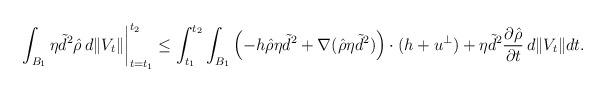
LaTeX: \begin{align*}&\left.\int_{B_1}\eta{\tilde d}^2{\hat\rho}\, d\|V_t\|\right|_{t=t_1}^{t_2} \leq \int_{t_1}^{t_2}\int_{B_1}\left(-h{\hat \rho}\eta{\tilde d}^2+\nabla ({\hat\rho}\eta{\tilde d}^2)\right)\cdot(h+u^{\perp})+\eta{\tilde d}^2\frac{\partial{\hat\rho}}{\partial t}\, d\|V_t\|dt.\end{align*}